Civil Veterinary Department. Madras. Admin. report 1910-25 - 1910-1925
Year: 1910
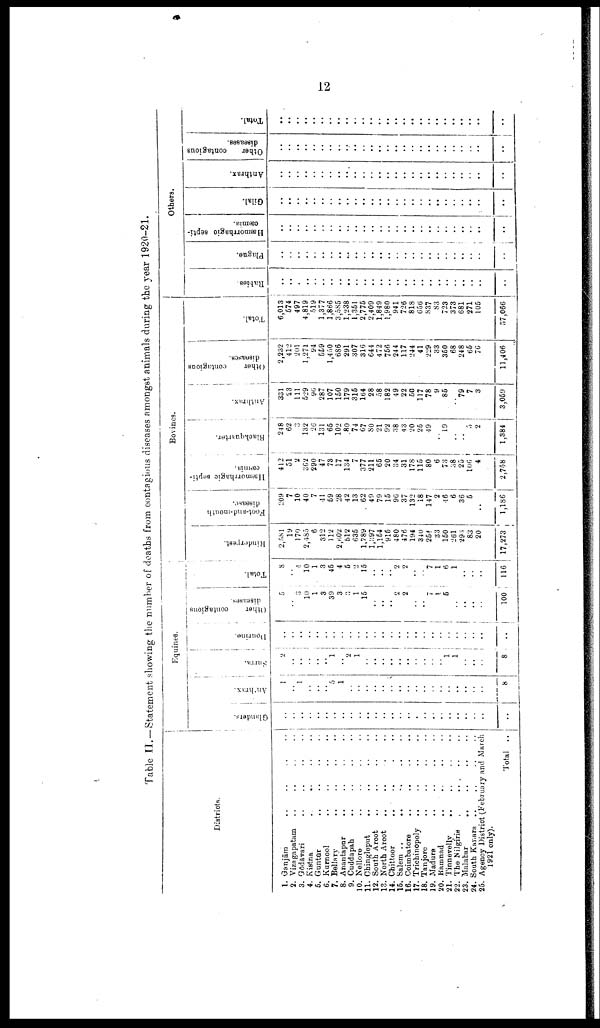
12
Table II.—Statement showing the number of deaths from contagious diseases amongst animals during the year 1920-21.
Districts.
1. Ganjām .. .. .. ..
2. Vizagapatam .. .. .. ..
3.
Gōdāvari
..
..
..
..
4. Kistna
.
..
..
..
5. Guntūr .. .. .. ..
6. Kurnool .. .. .. ..
7. Bellary
..
..
..
..
8. Anantapur .. .. .. ..
9. Cuddapah .. .. .. ..
10. Nellore
..
..
..
..
11. Chingleput
..
..
..
..
12. South Arcot
..
..
..
..
13. North Arcot .. .. .. ..
14. Chittoor
..
..
.
..
15. Salem .. .. .. .. ..
16. Coimbatore .. .. .. ..
17. Trichinopoly .. .. .. ..
18. Tanjore .. .. .. ..
19. Madura
20. Ramnad .. .. .. ..
21. Tinnevelly .. .. .. ..
22. The
Nilgiris
.
..
..
..
23. Malabar
..
..
..
..
24. South Kanara .. .. .. ..
25. Agency District (February and March
1921 only).
Total
..
Glanders.
..
..
..
..
..
..
..
..
..
..
..
..
..
..
..
..
..
..
..
..
..
..
..
..
..
Anthrax.
1
..
1
..
..
..
5
1
..
..
..
..
..
..
..
..
..
..
..
..
..
..
..
..
..
8
Equines.
Surra.
2
..
..
..
..
..
1
2
1
..
..
..
..
..
..
..
..
..
1
1
..
..
..
..
8
Dourine.
..
..
..
..
..
..
..
....
..
.. ..
....
..
..
..
..
..
..
..
..
..
..
..
..
....
..
..
..
Other
contagious
diseases.
5
..
3
10
1
3
39
3
3
1
15
..
..
2
2
..
7
1
5
..
..
..
..
..
100
Total.
8
4
10
1
3
45
4
5
2
15
..
..
..
2
2
..
7
1
6
1
..
..
..
..
116
Rinderpest.
2,581
19
170
2,485
6
312
112
2,602
512
635
1,?89
1,397
1,154
916
480
476
194
340
254
33
150
261
293
83
20
17,273
Foot-and-mouth
disease.
209
7
10
40
7
41
59
28
42
13
62
49
79
15
9G
37
132
18
147
2
46
6
36
5
..
1,186
Hæmorrhagic septi-
cæmia.
412
51
2
362
290
47 73
17
134
7
377
211
65
20
34
31
178
115
80
6
73
38
25
106
4
2,758
Bovines.
Blackquarter.
248
62
3
132
26
131
65
102
.80
74
67
80
21
92
38
4 3
20
25
49
"l9
5
2
1,384
Anthrax.
331
23
111
529
96
287
107
150
179
315
164
28
58
182
49
22
50
117
78
9
85
"79
7
3
3,059
Other
contagious
2,232
412
201
1,271
94
559
1,450
686
291
307
316
644
472
756
244
117
244
41
229
33
350
68
248
65
76
11,406
Total.
6,013
574
497
4,819
519
1,377
1,866
3,585
1,238
1,351
2,775
2,409
1,849
1,980
941
726
818
656
837
83
723
373
681
271
105
37,066
Rabies.
1
..
..
..
..
..
..
..
..
..
..
..
..
..
..
..
..
..
..
..
..
Plague.
..
..
..
..
....
..
..
..
..
..
..
..
..
..
..
..
..
.. ..
..
..
..
..
..
..
Hæmorrhagic septi
cæmia.
..
..
..
..
..
..
..
..
..
..
..
..
..
..
..
..
..
..
..
..
..
..
..
..
Others
Gilal.
..
..
..
..
..
..
..
..
..
..
..
..
..
..
..
..
..
..
..
..
..
..
..
Anthrax.
..
..
..
..
..
..
..
..
..
..
..
..
..
..
..
..
.. ..
..
..
..
..
..
..
..
Other
contagious
diseases.
..
..
..
..
..
..
..
..
..
..
..
..
..
..
..
..
..
.. ..
..
..
..
..
..
..
..
Total.
..
..
..
..
..
..
..
..
..
..
..
..
..
..
..
..
..
..
..
..
..
..
..
..
..
..